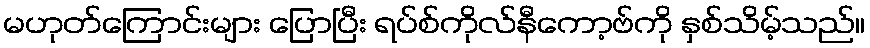
မဟုတ်ကြောင်းများ ပြောပြီး ရပ်စ်ကိုလ်နီကော့ဗ်ကို နှစ်သိမ့်သည်။